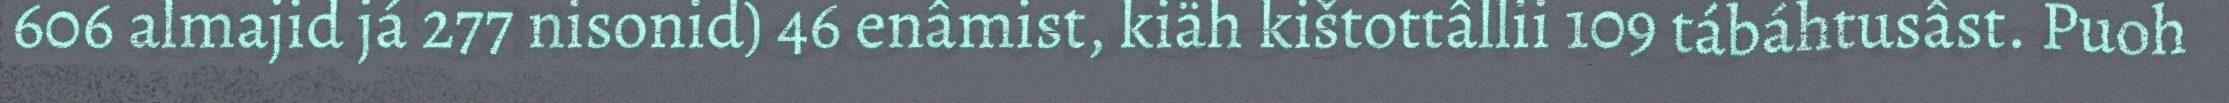
606 almajid já 277 nisonid) 46 enâmist, kiäh kištottâllii 109 tábáhtusâst. Puoh